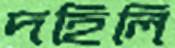
দহিলি